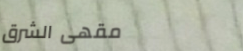
مقهى الشرق